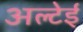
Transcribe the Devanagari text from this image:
अल्टेई